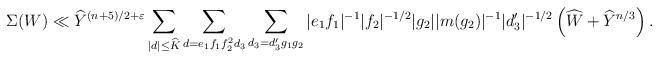
LaTeX: \begin{align*}\Sigma(W)\ll \widehat{Y}^{(n+5)/2+\varepsilon}\sum_{|d|\leq \widehat{K}}\sum_{d=e_1f_1f_2^2d_3}\sum_{d_3=d_3'g_1g_2}|e_1f_1|^{-1}|f_2|^{-1/2}|g_2||m(g_2)|^{-1}|d_3'|^{-1/2}\left(\widehat{W}+\widehat{Y}^{n/3}\right).\end{align*}